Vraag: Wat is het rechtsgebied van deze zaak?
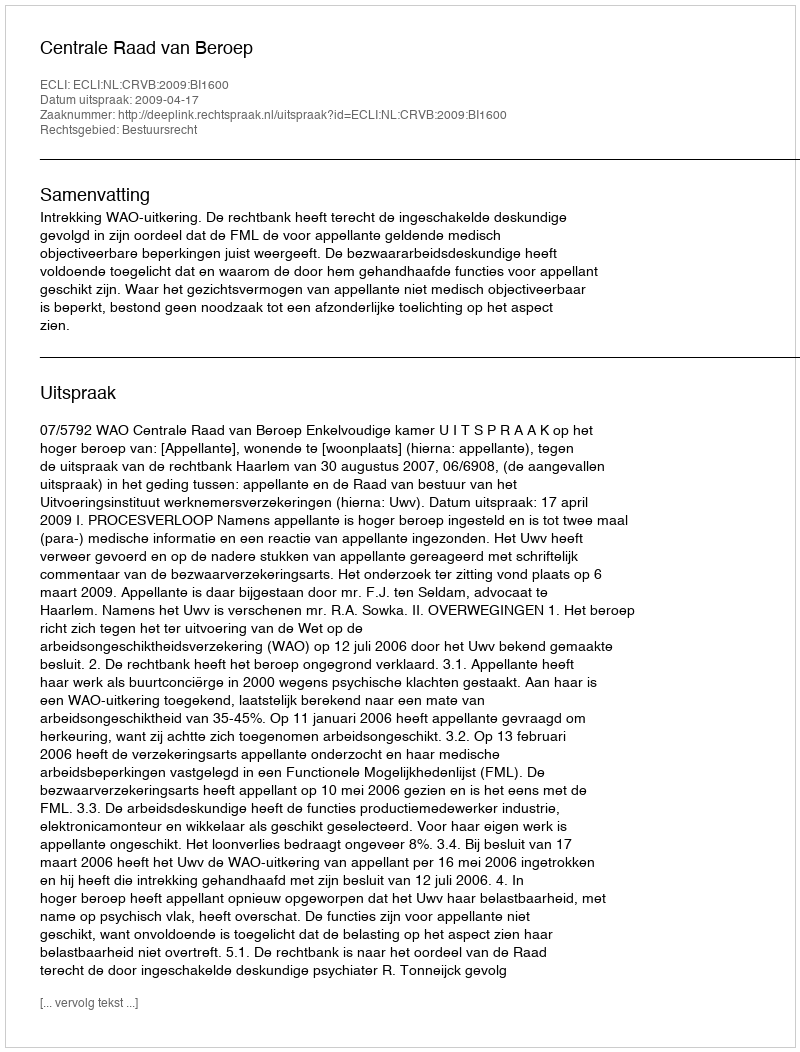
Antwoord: Bestuursrecht